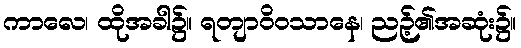
ကာလေ၊ ထိုအခါ၌။ ရတျာဝိဝသာနေ၊ ညဉ့်၏အဆုံး၌။